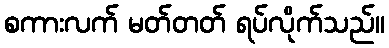
စကားလက် မတ်တတ် ရပ်လိုက်သည်။